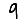
Digit: 9